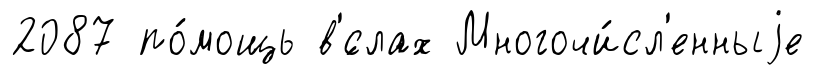
2087 по́мощь в'́слах Многочи́сл'енныjе